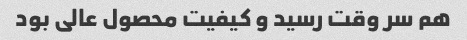
هم سر وقت رسید و کیفیت محصول عالی بود